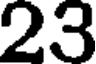
23